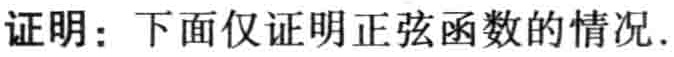
证明：下面仅证明正弦函数的情况.